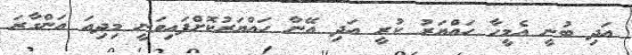
އަދި ބުނީ އެމީހާ ހައްޔަރު ކުރީ އަދި އޭނާ ހައްޔަރުކޮށްފައިވަނީ މިދިއަ އަންގާރަ